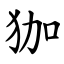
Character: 㹢